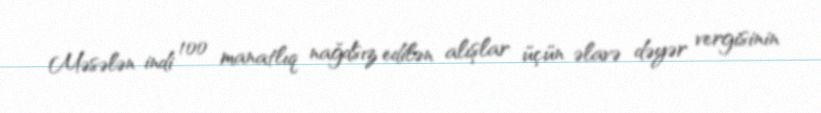
Məsələn indi 100 manatlıq nağdsız edilən alışlar üçün əlavə dəyər vergisinin